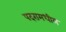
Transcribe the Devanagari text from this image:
पदरामधील